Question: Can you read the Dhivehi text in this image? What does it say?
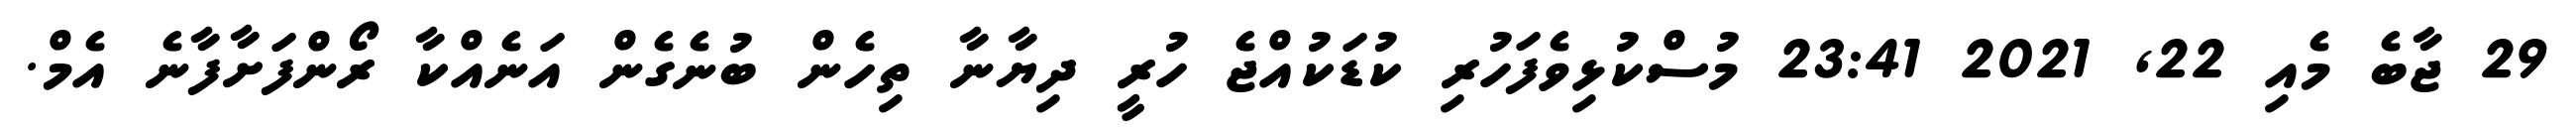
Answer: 29 ޖާބެ މެއި 22, 2021 23:41 މުސްކުޅިވެފަހުރި ކުޑަކުއްޖެ ހުރީ ދިޔާނާ ތިހެން ބުނެގެން އަނެއްކާ ރޯންފަށާފާނެ އެމް.